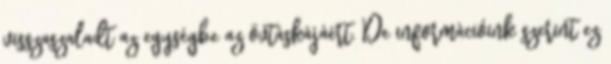
visszaszaladt az egységbe az övtáskájáért. De információink szerint ez